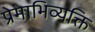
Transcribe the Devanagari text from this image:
प्रेमाभिव्यक्ति